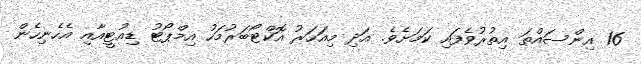
16 އިންސައްތަ އިތުރުވެފައި ކަމަށެވެ. އަދި މިއަހަރު އޮކްޓޯބަރުމަހު އިމްޕޯޓު ޑިއުޓީއާއި އެހެނިހެން